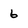
Character: 6